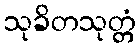
သုခိတသုတ္တံ